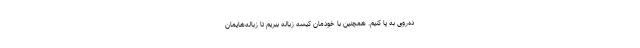
ده‌روی به پا کنیم. همچنین با خودمان کیسه زباله ببریم تا زباله‌هایمان